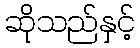
ဆိုသည်နှင့်